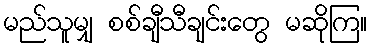
မည်သူမျှ စစ်ချီသီချင်းတွေ မဆိုကြ။